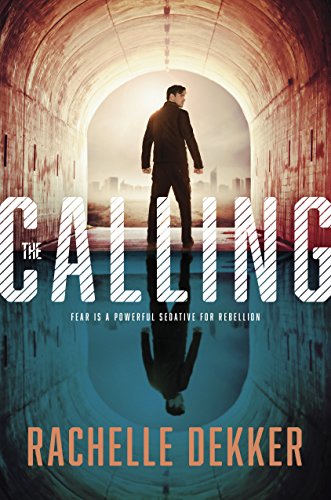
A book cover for The Calling (A Seer Novel); Rachelle Dekker; Christian Books & Bibles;